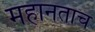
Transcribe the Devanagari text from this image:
महानताच